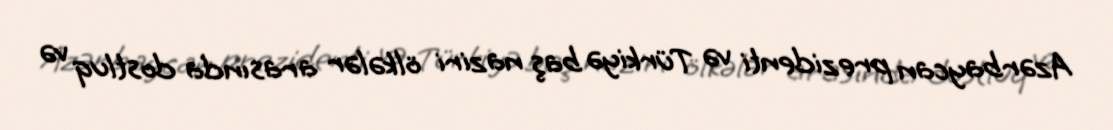
Azərbaycan prezidenti və Türkiyə baş naziri ölkələr arasında dostluq və